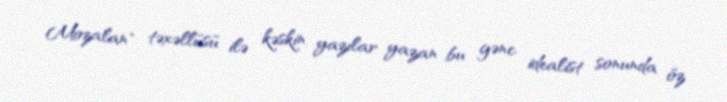
Mozalan" təxəllüsü ilə kəskin yazılar yazan bu gənc idealist sonunda öz